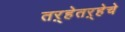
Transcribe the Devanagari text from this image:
तऱ्हेतऱ्हेचे